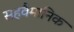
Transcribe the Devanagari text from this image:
सहवैमानिक